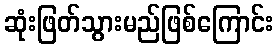
ဆုံးဖြတ်သွားမည်ဖြစ်ကြောင်း